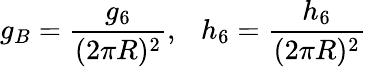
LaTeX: g_{B}=\frac{g_{6}}{(2\pi R)^{2}},\ \ \ h_{6}=\frac{h_{6}}{(2\pi R)^{2}}